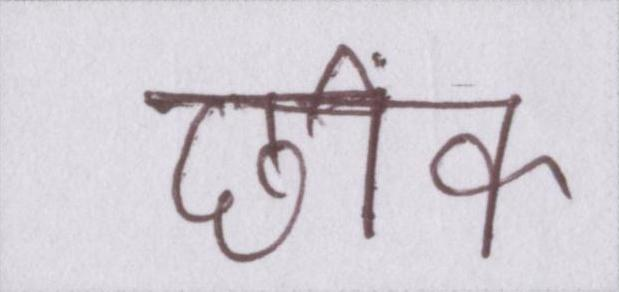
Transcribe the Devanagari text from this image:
छींक